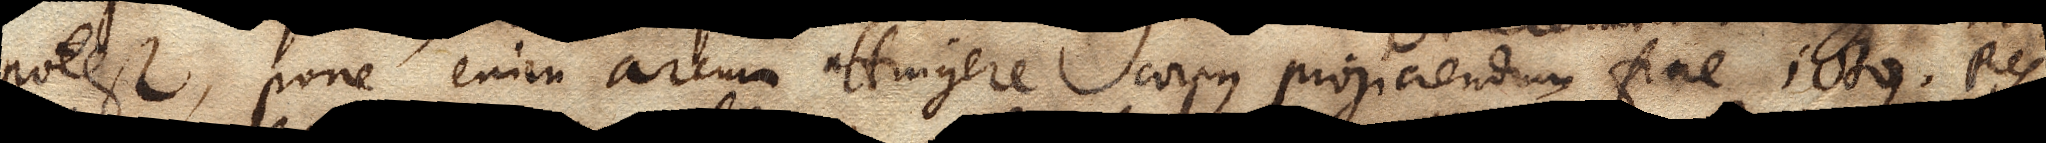
potest, pone enim arcum attingere corpus projiciendum fine ictus. Res